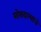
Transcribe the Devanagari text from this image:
मोबदल्याचे